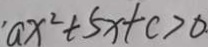
a x ^ { 2 } + 5 x + c > 0